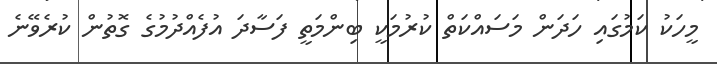
މީހަކު ކަމުގައި ހަދަން މަސައްކަތް ކުރުމަކީ ބިންމަތީ ފަސާދަ އުފެއްދުމުގެ ގޮތުން ކުރެވޭނެ